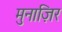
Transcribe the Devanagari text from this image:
मुनाज़िर